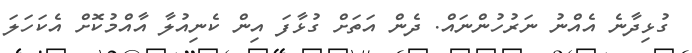
ގުޅިދާނެ އެއްނު ނަރުހުންނައް. ދެން އަތަށް ގުޅާފަ އިން ކެނިއުލާ އާއްމުކޮށް އެކަހަލަ